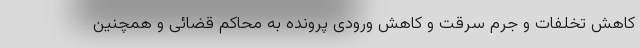
کاهش تخلفات و جرم سرقت و کاهش ورودی پرونده به محاکم قضائی و همچنین